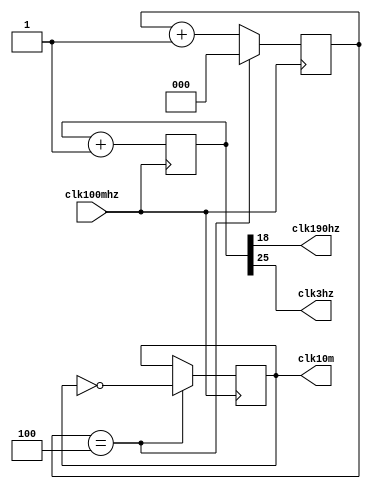
//
module clkDiv(
input clk100mhz,//100MhzFPGA
output clk190hz,//90hz
output clk3hz,//3hz
output	reg	clk10m=0
    );
	reg	[2:0]	cnt=0;
    reg[25:0] count=0;//
    assign clk190hz = count[18];//19
    assign clk3hz = count[25];//26
	
	// reg[15:0] count=0;//
    // assign clk190hz = count[8];//19
    // assign clk3hz = count[15];//26
	
    always@(posedge clk100mhz)
        count<=count+1;
	always@(posedge clk100mhz)
		begin
			if(cnt==4)
				cnt<=0;
			else
				cnt<=cnt+1;
		end
	always@(posedge clk100mhz)
		begin
			if(cnt==4)
				clk10m<=~clk10m;
			else
				;
		end
endmodule